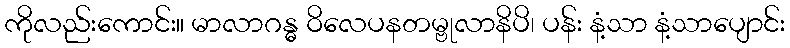
ကိုလည်းကောင်း။ မာလာဂန္ဓ ဝိလေပနတမ္ဗုလာနိပိ၊ ပန်း နံ့သာ နံ့သာပျောင်း